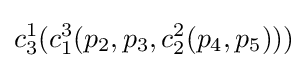
c_{3}^{1}(c_{1}^{3}(p_{2},p_{3},c_{2}^{2}(p_{4},p_{5})))